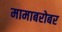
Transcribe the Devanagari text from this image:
मामाबरोबर